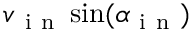
v _ { \mathrm { ~ i ~ n ~ } } \sin ( \alpha _ { \mathrm { ~ i ~ n ~ } } )